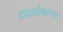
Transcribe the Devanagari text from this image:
चाळोबाचा